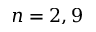
n = 2 , 9